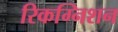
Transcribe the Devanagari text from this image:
रिकग्निशन